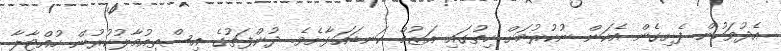
އެދުވަހުން ފެށިގެން އެކަން ނުކުރުމަށް ހިތުގައި އަޒުމް ކަނޑައަޅާށެވެ. ދުންފަތުގެ އިސްތިއުމާލުކުރުން ހުއްޓާލާ